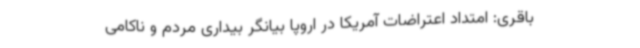
باقری: امتداد اعتراضات آمریکا در اروپا بیانگر بیداری مردم و ناکامی